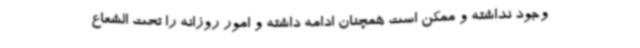
وجود نداشته و ممکن است همچنان ادامه داشته و امور روزانه را تحت الشعاع